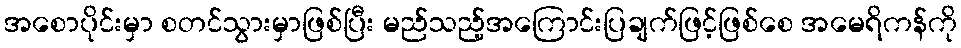
အစောပိုင်းမှာ စတင်သွားမှာဖြစ်ပြီး မည်သည့်အကြောင်းပြချက်ဖြင့်ဖြစ်စေ အမေရိကန်ကို